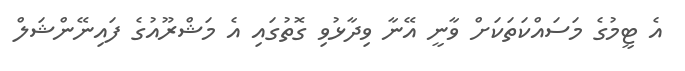
އެ ޓީމުގެ މަސައްކަތަކަށް ވާނީ އޭނާ ވިދާޅުވި ގޮތުގައި އެ މަޝްރޫއުގެ ފައިނޭންޝަލް